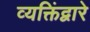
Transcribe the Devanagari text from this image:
व्यक्तिंद्वारे